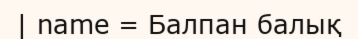
| name = Балпан балық